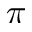
\pi